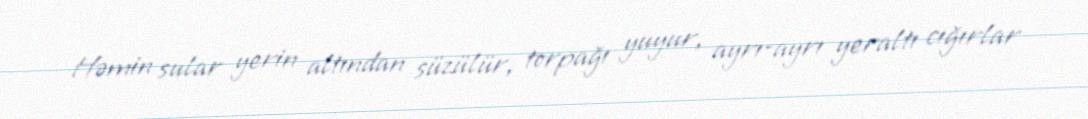
Həmin sular yerin altından süzülür, torpağı yuyur, ayrı-ayrı yeraltı cığırlar